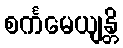
စင်္ကမေယျန္တိ